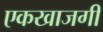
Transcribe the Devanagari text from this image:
एकखाजगी